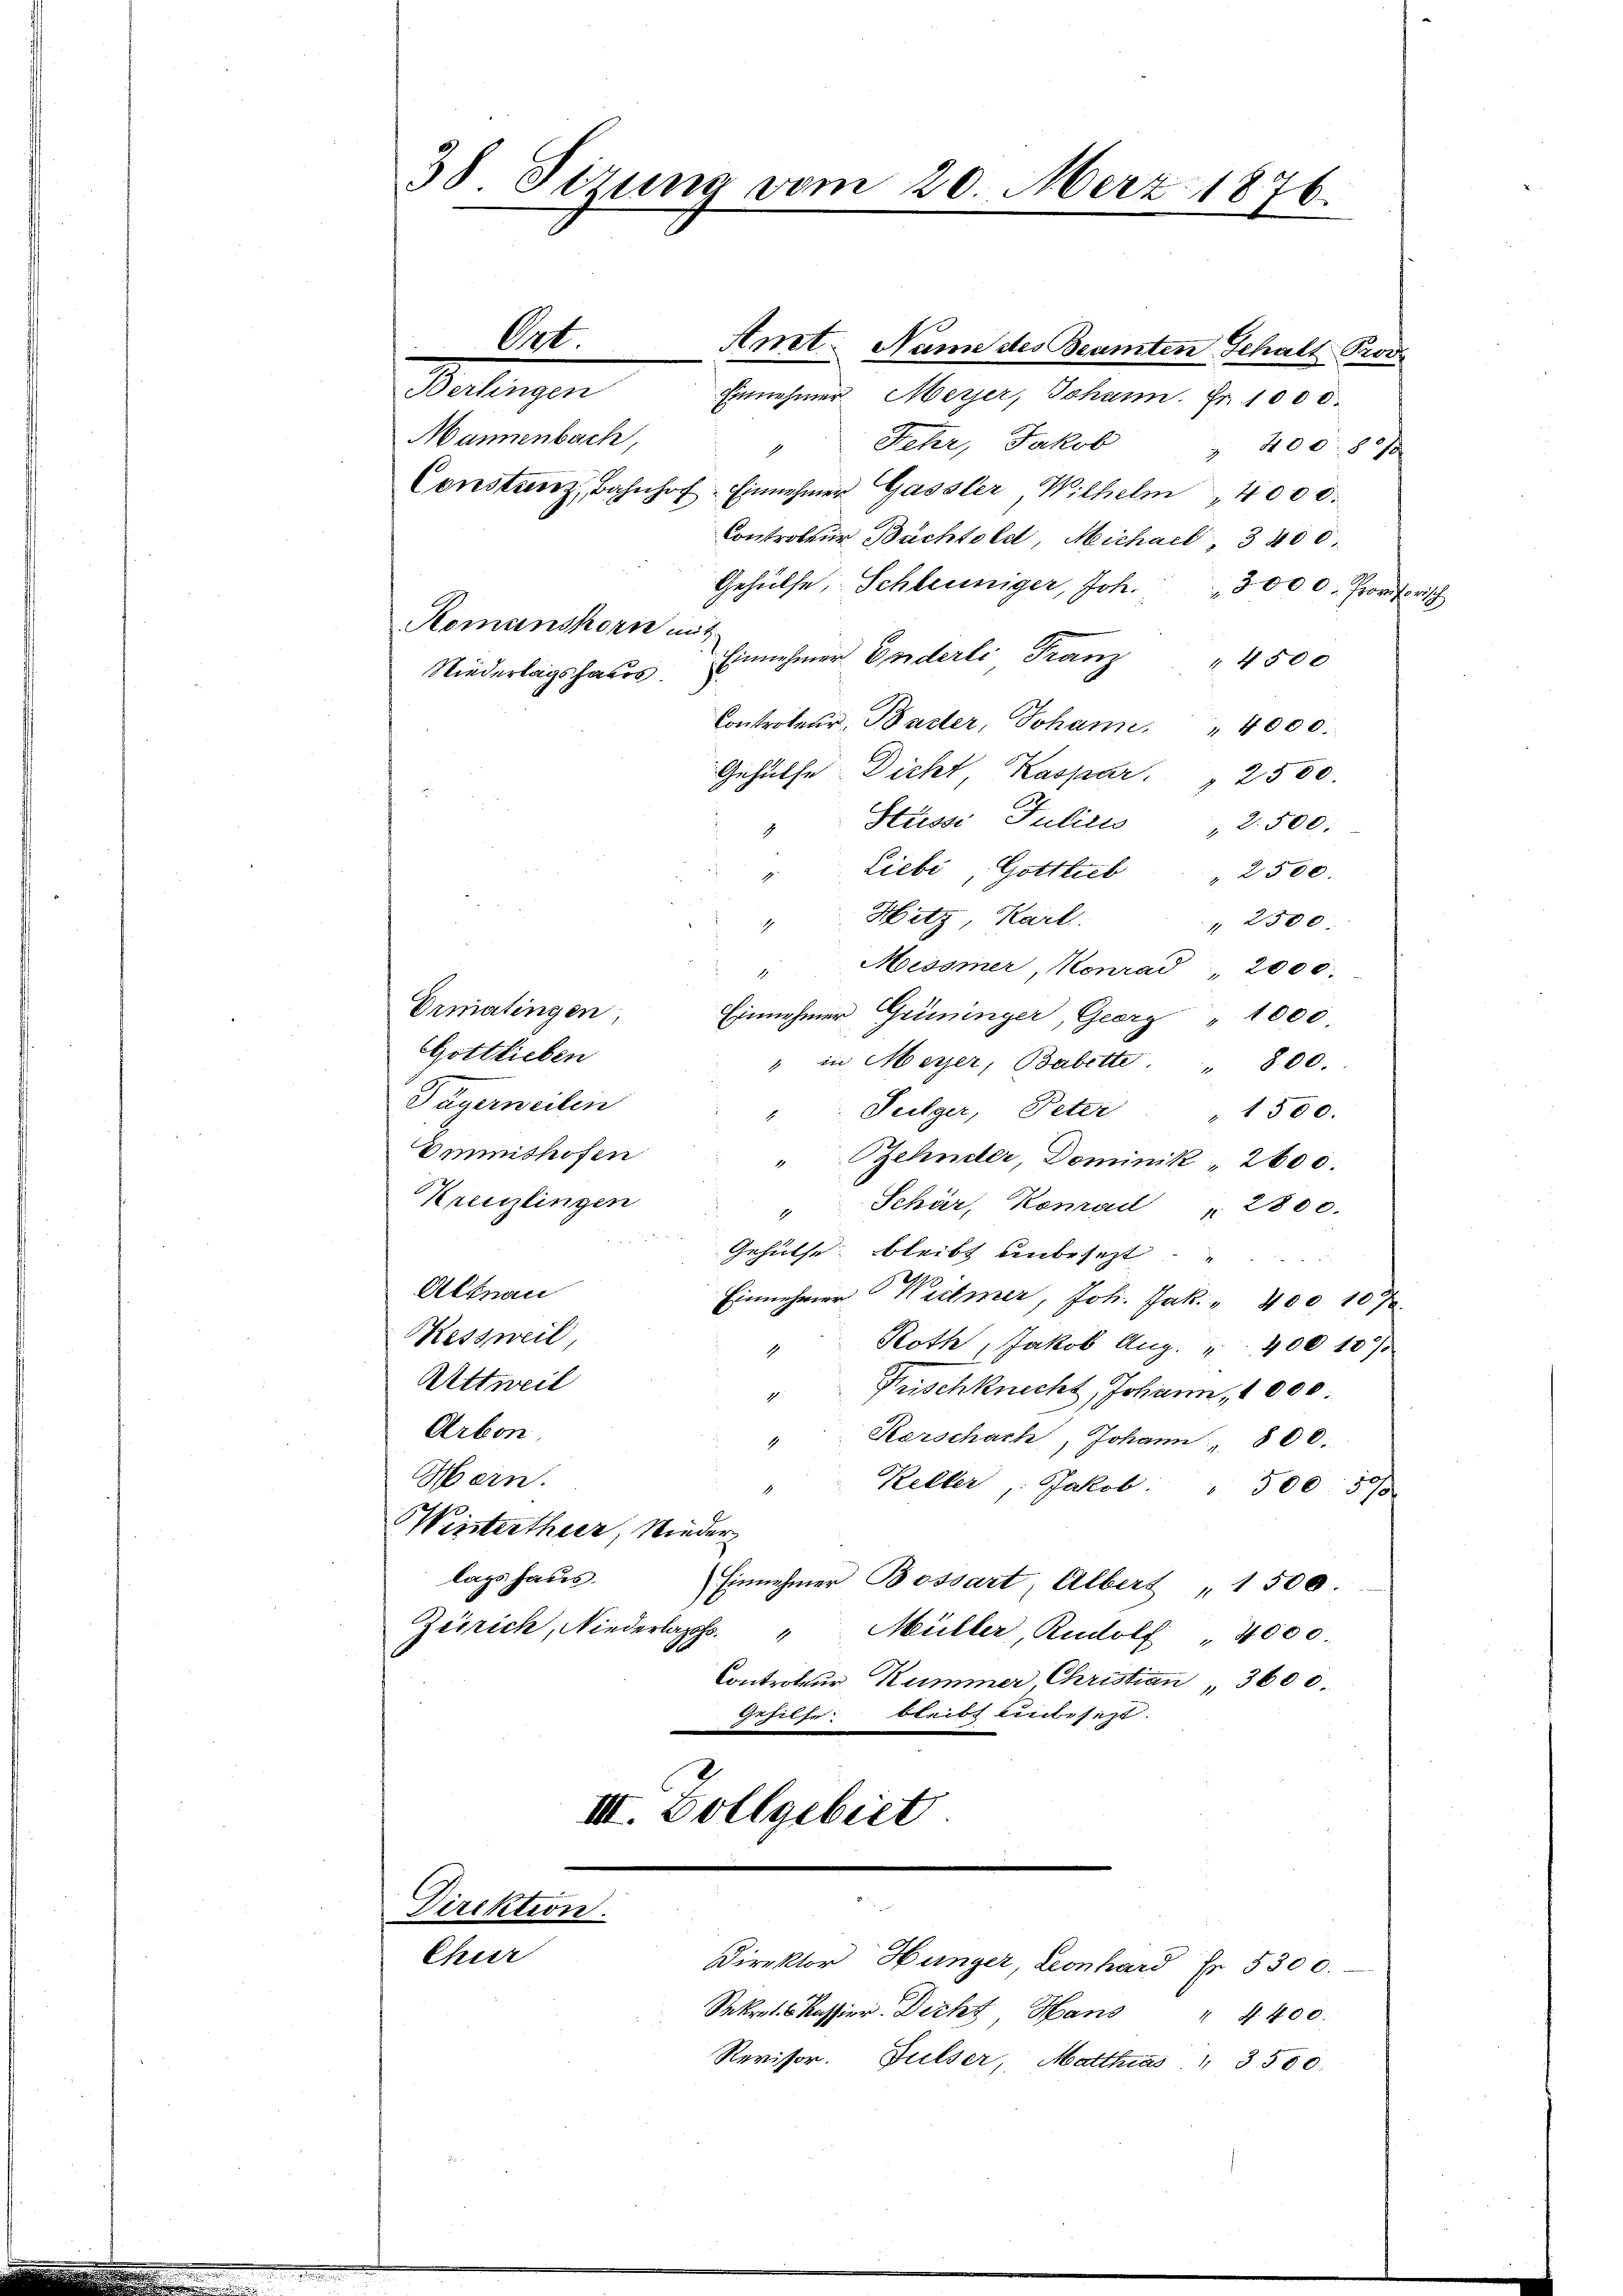
38. Sizung vom 20. Merz 1876.

Amt. Name des Beamten Schalt Prod
Wollegen
Einnehmer. Meyer, Johann. Fr. 1000.
Mannenbach,
Fehr, Jakob " 400.80)
Constanz, Bahnhof. Einnehmer Gassler Wilhelm 4000.
Controleur Büchtold Michael, 3400.
Gehülfe, Schleuniger, Joh.
3000. Provisorisch
Romanshorn mit
Einnehmer Enderli Franz
4. 4500
Niederlagshaus
Constrateur, Butter, Johann,
" 4000.
Gehülfe Dicht, Kaspar " 2500
Stüssi, Julius 2500.
Liebe, Gottlieb " 2500.
Hitz, Karl
 2500
Meosmer, Konrad, 2000.
1
Urmatingen,
Einnehmer Grüninger, Georg " 1000
Gottlieben
" in Meyer, Babette. " 800.
Pägerweilen
Peilger, Peter: " 1500.
Emmithofen
"Gehnder, Dominik " 2600.
Kreislingen
Schär, Konrad " 2800.
1
Gehülfe bleibt unbesezt
Altnau
Einnehmer Weitmer, Joh. Jak. " 400 107
Kessweil
Roth Jakob Aug. " 400 10/
1
Attweil
Frischknecht, Johann, 1000
1
Arbon
Kerschach, Johann " 800.
Hern.
Keller, Jakob. " 500 : 30/
Weistertheil, Wieder
lags haus.
Einnehmer Bossart, Albert 1500.
Zürich, Niederlass
Müller, Rudolf " 4000
Contrateur Kummer Christian 3600.
Gehilfe bleibt einbesezt.
III. Vollgebiet

Direktion.
Chur

Ort.

Direktor Hunger, Leonhard Er 5300.
Skr. Kassier. Decht Hans " 4400.
Revisor. Fulser, Matthias " 3500.